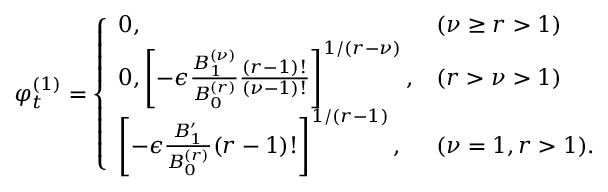
\varphi _ { t } ^ { ( 1 ) } = \left\{ \begin{array} { l l } { 0 , } & { ( \nu \geq r > 1 ) } \\ { 0 , \left[ - \epsilon \frac { B _ { 1 } ^ { ( \nu ) } } { B _ { 0 } ^ { ( r ) } } \frac { ( r - 1 ) ! } { ( \nu - 1 ) ! } \right] ^ { 1 / ( r - \nu ) } , } & { ( r > \nu > 1 ) } \\ { \left[ - \epsilon \frac { B _ { 1 } ^ { \prime } } { B _ { 0 } ^ { ( r ) } } ( r - 1 ) ! \right] ^ { 1 / ( r - 1 ) } , } & { ( \nu = 1 , r > 1 ) . } \end{array} \right.